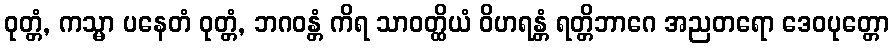
ဝုတ္တံ, ကသ္မာ ပနေတံ ဝုတ္တံ, ဘဂဝန္တံ ကိရ သာဝတ္ထိယံ ဝိဟရန္တံ ရတ္တိဘာဂေ အညတရော ဒေဝပုတ္တော